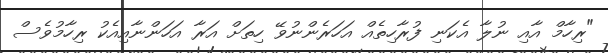
"ރިހާމް އާއި ނުލާ އެކަނި ފުރާހިތެއް އަހަރެންނުވޭ ހިތަށް އަރާ އަހަންނާއިއެކު ރިހާމުވެސް